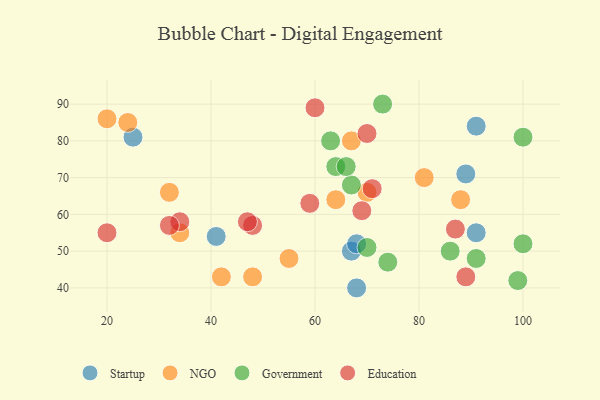
{"axis": {"x": "GDP", "y": "Life Expectancy"}, "legend": ["Education", "Government", "NGO", "Startup"], "data": [{"x": "68", "y": 40, "type": "Startup"}, {"x": "41", "y": 54, "type": "Startup"}, {"x": "67", "y": 50, "type": "Startup"}, {"x": "68", "y": 52, "type": "Startup"}, {"x": "91", "y": 55, "type": "Startup"}, {"x": "25", "y": 81, "type": "Startup"}, {"x": "91", "y": 84, "type": "Startup"}, {"x": "89", "y": 71, "type": "Startup"}, {"x": "81", "y": 70, "type": "NGO"}, {"x": "34", "y": 55, "type": "NGO"}, {"x": "88", "y": 64, "type": "NGO"}, {"x": "48", "y": 43, "type": "NGO"}, {"x": "32", "y": 66, "type": "NGO"}, {"x": "67", "y": 80, "type": "NGO"}, {"x": "24", "y": 85, "type": "NGO"}, {"x": "55", "y": 48, "type": "NGO"}, {"x": "42", "y": 43, "type": "NGO"}, {"x": "64", "y": 64, "type": "NGO"}, {"x": "20", "y": 86, "type": "NGO"}, {"x": "70", "y": 66, "type": "NGO"}, {"x": "100", "y": 52, "type": "Government"}, {"x": "70", "y": 51, "type": "Government"}, {"x": "91", "y": 48, "type": "Government"}, {"x": "73", "y": 90, "type": "Government"}, {"x": "74", "y": 47, "type": "Government"}, {"x": "67", "y": 68, "type": "Government"}, {"x": "99", "y": 42, "type": "Government"}, {"x": "86", "y": 50, "type": "Government"}, {"x": "64", "y": 73, "type": "Government"}, {"x": "66", "y": 73, "type": "Government"}, {"x": "100", "y": 81, "type": "Government"}, {"x": "63", "y": 80, "type": "Government"}, {"x": "69", "y": 61, "type": "Education"}, {"x": "34", "y": 58, "type": "Education"}, {"x": "59", "y": 63, "type": "Education"}, {"x": "48", "y": 57, "type": "Education"}, {"x": "47", "y": 58, "type": "Education"}, {"x": "71", "y": 67, "type": "Education"}, {"x": "20", "y": 55, "type": "Education"}, {"x": "32", "y": 57, "type": "Education"}, {"x": "70", "y": 82, "type": "Education"}, {"x": "87", "y": 56, "type": "Education"}, {"x": "60", "y": 89, "type": "Education"}, {"x": "89", "y": 43, "type": "Education"}]}